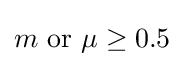
m{\text{ or }}\mu \geq 0.5